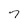
Character: 7